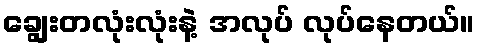
ချွေးတလုံးလုံးနဲ့ အလုပ် လုပ်နေတယ်။